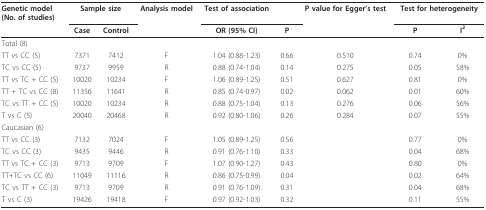
| Genetic model(No. of studies) | <COLSPAN=2> Sample size | Analysis model | Test of association |  | P value for Egger's test | <COLSPAN=2> Test for heterogeneity |
 |  | Case | Control |  | OR (95% CI) | P |  | P | I2 |
 | --- | --- | --- | --- | --- | --- | --- | --- | --- |
 | Total (8) |  |  |  |  |  |  |  |  |
 | TT vs CC (5) | 7371 | 7412 | F | 1.04 (0.88-1.23) | 0.66 | 0.510 | 0.74 | 0% |
 | TC vs CC (5) | 9737 | 9959 | R | 0.88 (0.74-1.04) | 0.14 | 0.275 | 0.05 | 58% |
 | TT vs TC + CC (5) | 10020 | 10234 | F | 1.06 (0.89-1.25) | 0.51 | 0.627 | 0.81 | 0% |
 | TT + TC vs CC (8) | 11356 | 11641 | R | 0.85 (0.74-0.97) | 0.02 | 0.062 | 0.01 | 60% |
 | TC vs TT + CC (5) | 10020 | 10234 | R | 0.88 (0.75-1.04) | 0.13 | 0.276 | 0.06 | 56% |
 | T vs C (5) | 20040 | 20468 | R | 0.92 (0.80-1.06) | 0.26 | 0.284 | 0.07 | 55% |
 | Caucasian (6) |  |  |  |  |  |  |  |  |
 | TT vs CC (3) | 7132 | 7024 | F | 1.05 (0.89-1.25) | 0.56 |  | 0.77 | 0% |
 | TC vs CC (3) | 9435 | 9446 | R | 0.91 (0.76-1.10) | 0.33 |  | 0.04 | 68% |
 | TT vs TC + CC (3) | 9713 | 9709 | F | 1.07 (0.90-1.27) | 0.43 |  | 0.80 | 0% |
 | TT+TC vs CC (6) | 11049 | 11116 | R | 0.86 (0.75-0.99) | 0.04 |  | 0.02 | 64% |
 | TC vs TT + CC (3) | 9713 | 9709 | R | 0.91 (0.76-1.09) | 0.31 |  | 0.04 | 68% |
 | T vs C (3) | 19426 | 19418 | F | 0.97 (0.92-1.03) | 0.32 |  | 0.11 | 55% |